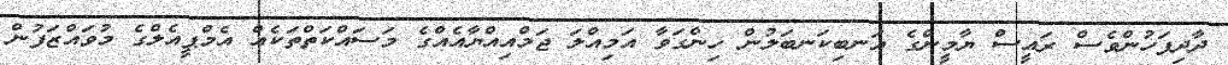
ދާދިފަހުންވެސް ރައީސް ޔާމީންގެ އަނބިކަނބަލުން ހިންގަވާ އަމިއްލަ ޖަމްއިއްޔާއެއްގެ މަސައްކަތްތަކެއް އެމްޕީއެލްގެ މުވައްޒަފުން